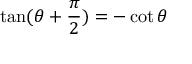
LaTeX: \tan ( \theta + { \frac { \pi } { 2 } } ) = - \cot \theta